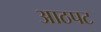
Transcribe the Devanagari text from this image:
आठपट